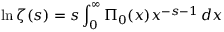
\ln \zeta ( s ) = s \int _ { 0 } ^ { \infty } \Pi _ { 0 } ( x ) x ^ { - s - 1 } \, d x